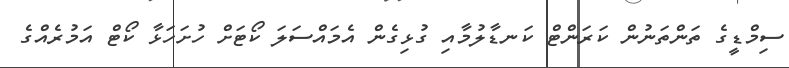
ސިމްޑީގެ ތަންތަނުން ކަރަންޓް ކަނޑާލުމާއި ގުޅިގެން އެމައްސަލަ ކޯޓަށް ހުށަހަޅާ ކޯޓް އަމުރެއްގެ